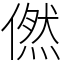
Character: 㒄